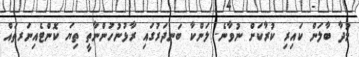
މުދާ ބާލަން ކައިރި ކުރާކަށް ނުވާނެ. ލަންކާ ބަނދަރުގައި ރާޅުނުހުންނާތީ ތިޔަ ކޮންޓެއިނަރތައް